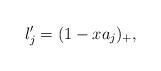
LaTeX: \begin{align*}l'_j=(1-x a_j)_{+},\end{align*}